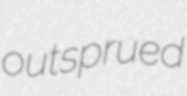
outsprued